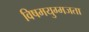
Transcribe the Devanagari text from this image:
विषमयुग्मजता